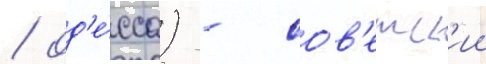
/ од'е́сса) - сов'етск'ии